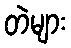
တဲများ